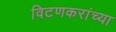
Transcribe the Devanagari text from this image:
विटणकरांच्या